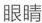
眼睛